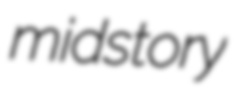
midstory